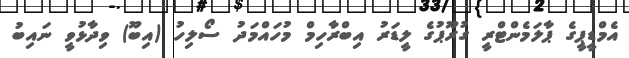
އެމްޑީޕީގެ ޕާލަމެންޓްރީ ގުރޫޕުގެ ލީޑަރު އިބްރާހިމް މުހައްމަދު ސޯލިހު (އިބޫ) ވިދާޅުވީ ނައިބު